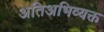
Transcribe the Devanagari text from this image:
अतिअभिव्यक्त